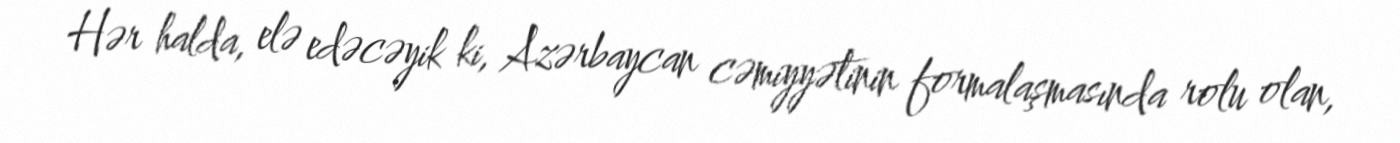
Hər halda, elə edəcəyik ki, Azərbaycan cəmiyyətinin formalaşmasında rolu olan,